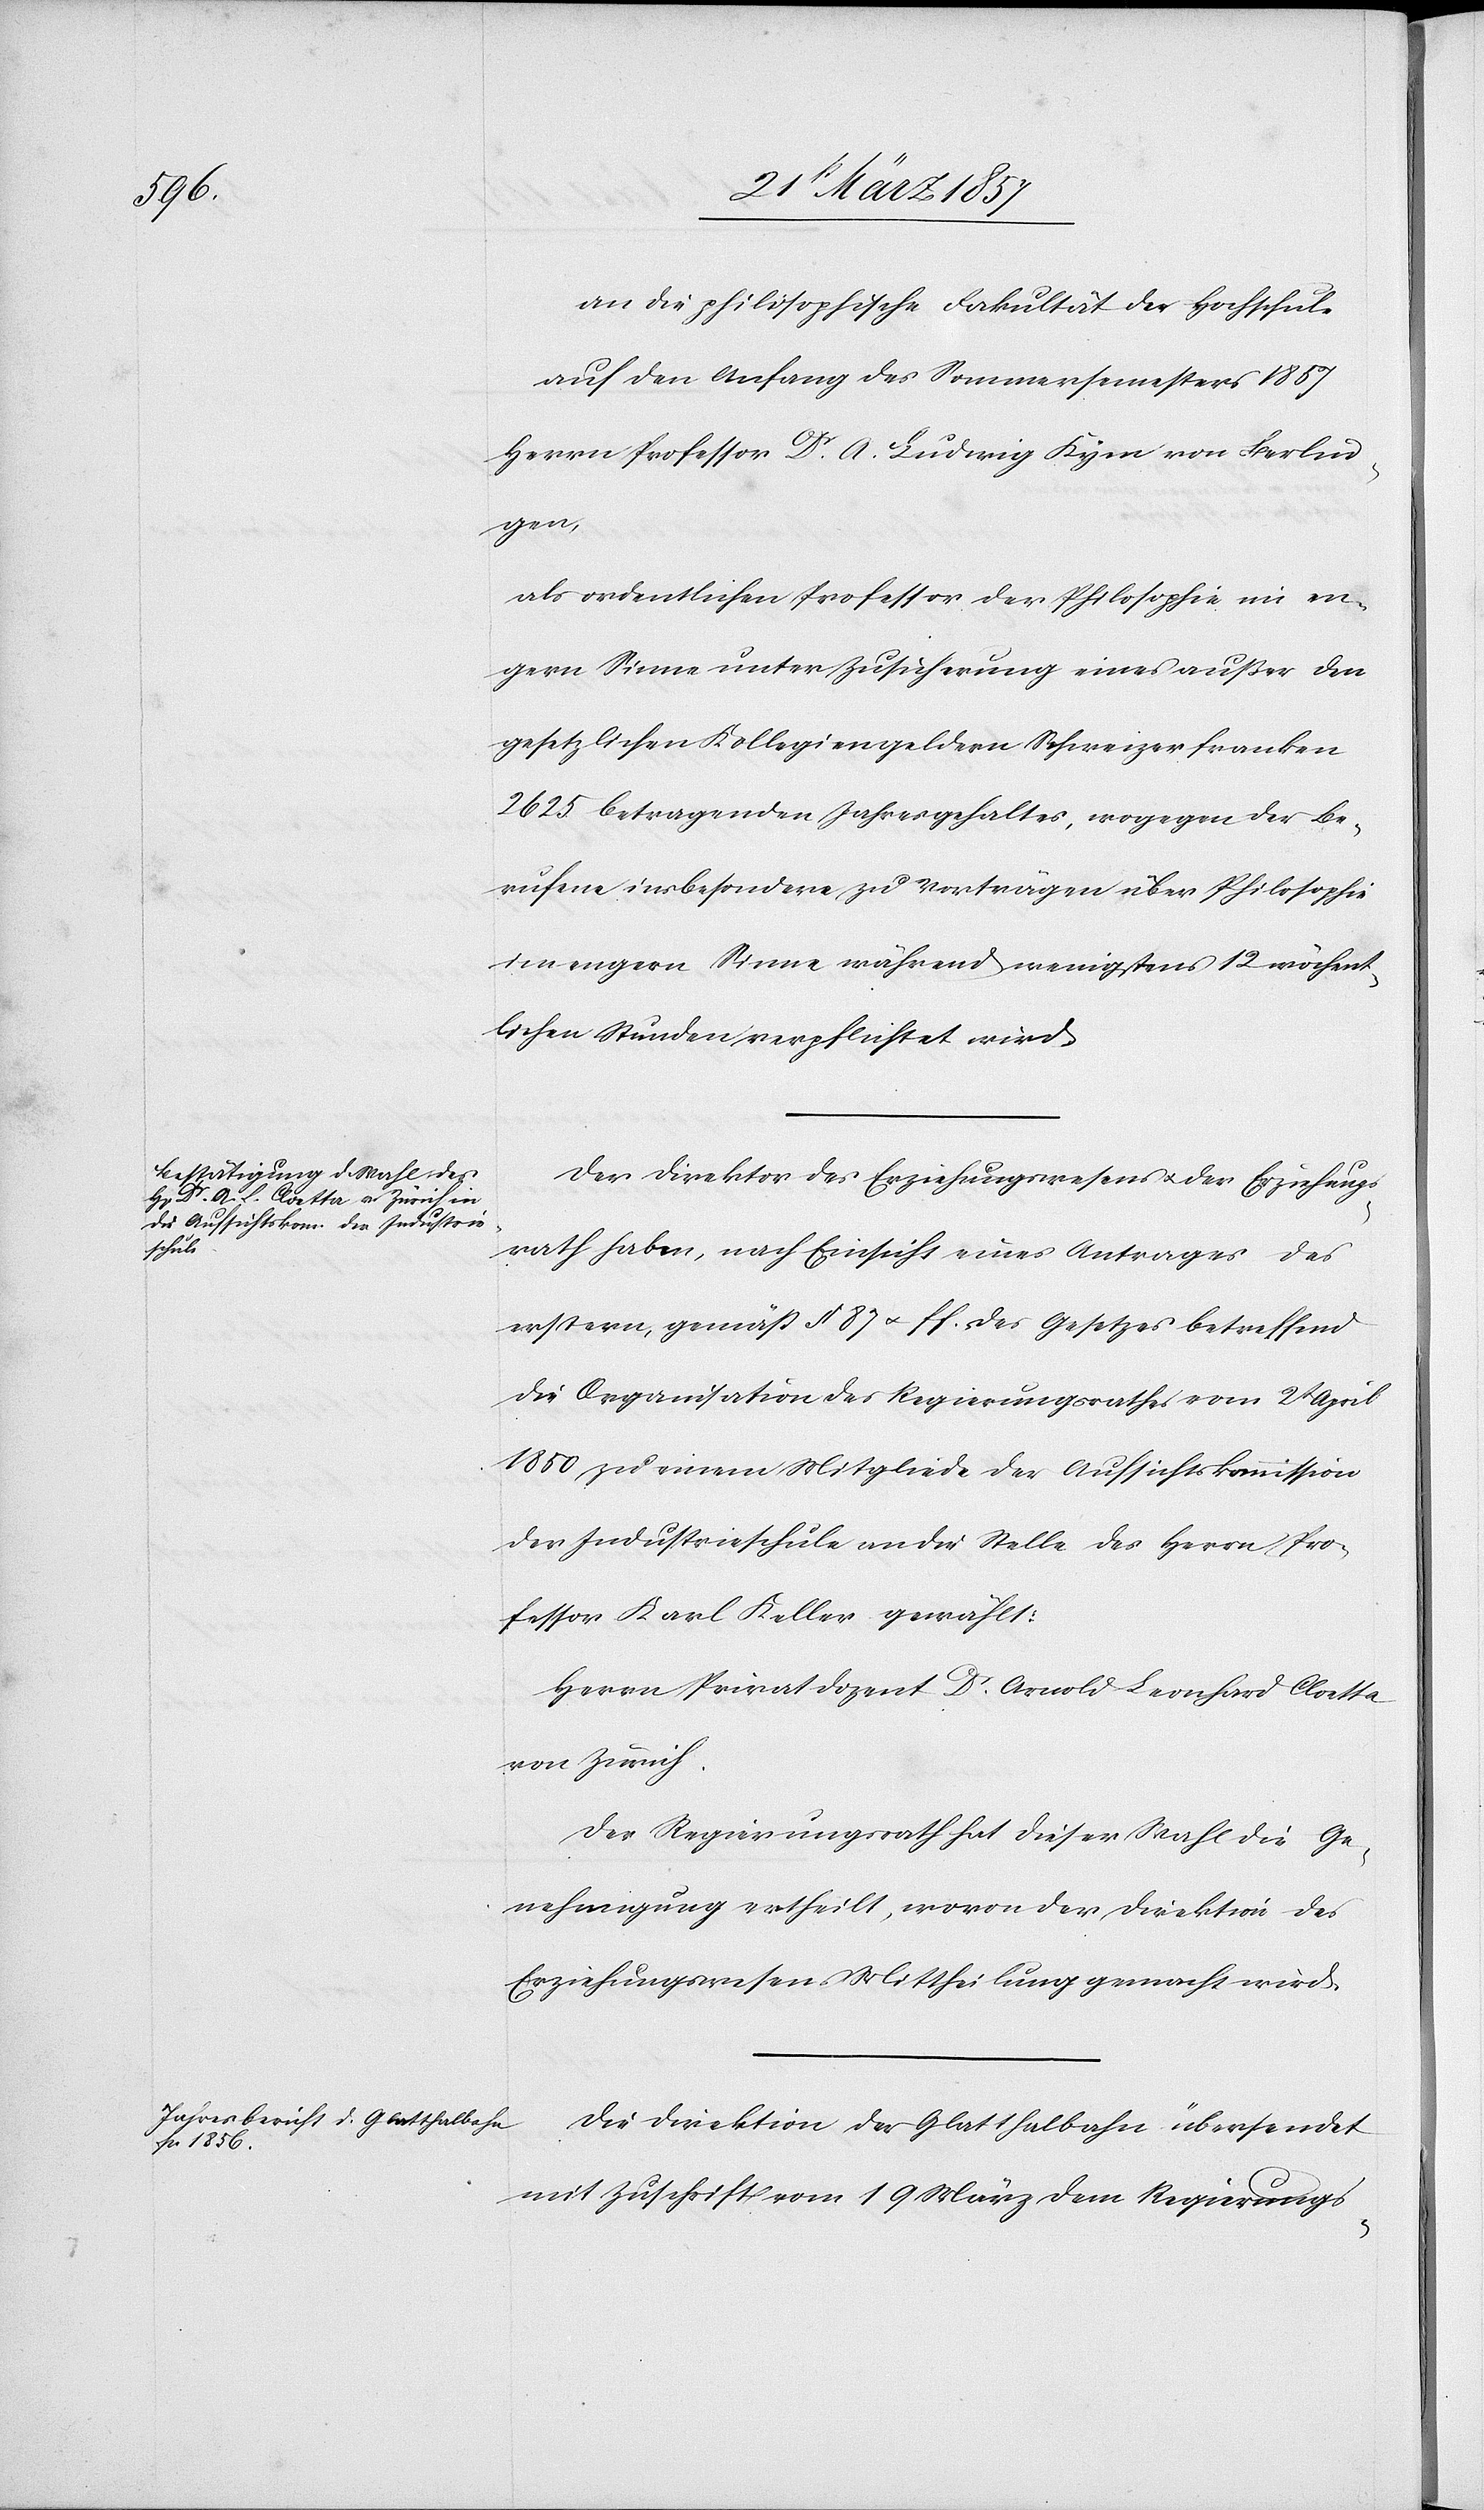
an die philosophische Fakultät der Hochschule
auf den Anfang des Sommersemesters 1857
Herrn Professor Dr A. Ludwig Kym von Berlin¬
gen,
als ordentlichen Professor der Philosophie im en¬
gern Sinne unter Zusicherung eines außer den
gesetzlichen Kollegiengeldern Schweizerfranken
2625 betragenden Jahresgehaltes, wogegen der Be¬
rufene insbesondere zu Vorträgen über Philosophie
im engern Sinne während wenigstens 12 wöchent¬
lichen Stunden verpflichtet wird.
Der Direktor des Erziehungswesens u. der Erziehungs¬
rath haben, nach Einsicht eines Antrages des
erstern, gemäß § 87 u. ff des Gesetzes betreffend
die Organisation des Regierungsrathes vom 2t April
1850 zu einem Mitgliede der Aufsichtskommission
der Industrieschule an die Stelle des Herrn Pro¬
fessor Karl Keller gewählt:
Herrn Privatdozent Dr Arnold Leonhard Cloette
von Zürich.
Der Regierungsrath hat dieser Wahl die Ge¬
nehmigung ertheilt, wovon der Direktion des
Erziehungswesens Mittheilung gemacht wird.
Die Direktion der Glatthalbahn übersendet
mit Zuschrift vom 19 März dem Regierungs-